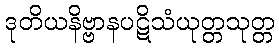
ဒုတိယနိဗ္ဗာနပဋိသံယုတ္တသုတ္တ